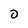
Character: 0